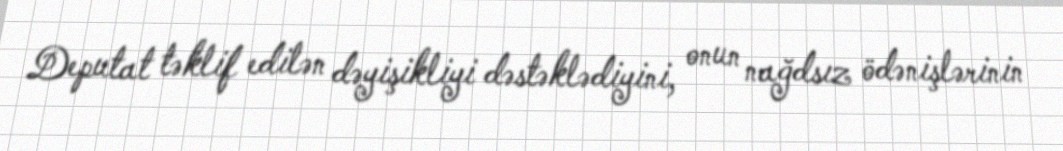
Deputat təklif edilən dəyişikliyi dəstəklədiyini, onun nağdsız ödənişlərinin